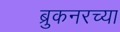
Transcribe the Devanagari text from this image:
ब्रुकनरच्या